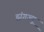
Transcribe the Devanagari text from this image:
ह्वांगज्यू